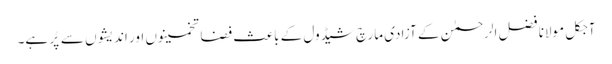
آجکل مولانا فضل الرحمٰن کے آزادی مارچ شیڈول کے باعث فضا تخمینوں اور اندیشوں سے پُر ہے۔